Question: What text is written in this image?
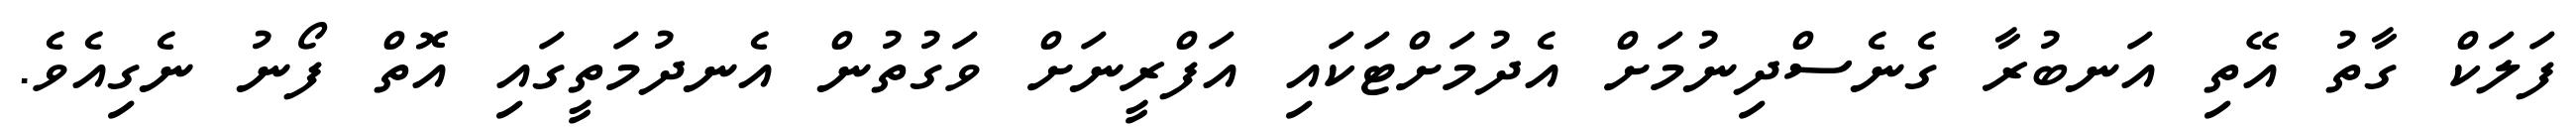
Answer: ފަލަކް ގާތު އޭތި އަނބުރާ ގެނެސްދިނުމަށް އެދުމަށްޓަކައި އަފްރީނަށް ވަގުތުން އެނދުމަތީގައި އޮތް ފޯނު ނެގިއެވެ.